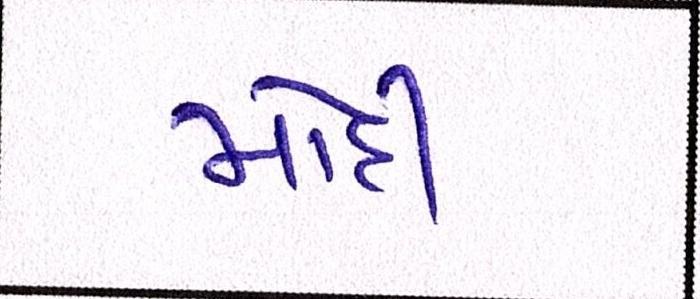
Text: મોદી